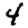
Digit: 4